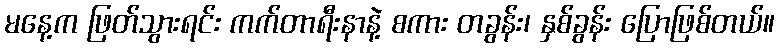
မနေ့က ဖြတ်သွားရင်း ကက်တာရီးနာနဲ့ စကား တခွန်း၊ နှစ်ခွန်း ပြောဖြစ်တယ်။